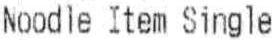
NOODLE ITEM SINGLE